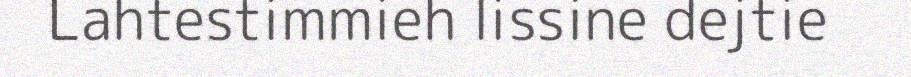
Lahtestimmieh lissine dejtie